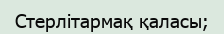
Стерлітармақ қаласы;